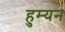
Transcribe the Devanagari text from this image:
हुम्यन